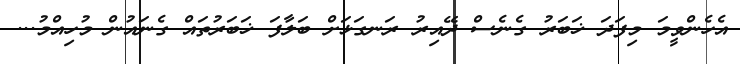
އެހެންވީމަ މިފަދަ ޚަބަރު ގެނެސް ދޭއިރު ރަނގަޅަށް ބަލާފަ ޚަބަރުތައް ގެނައުން މުހިއްމު...